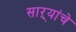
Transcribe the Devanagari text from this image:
साऱ्यांचे